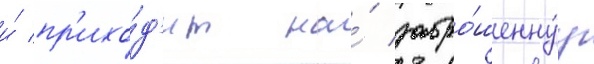
и́ пр'ихо́д'ит на́ забро́шеннуу